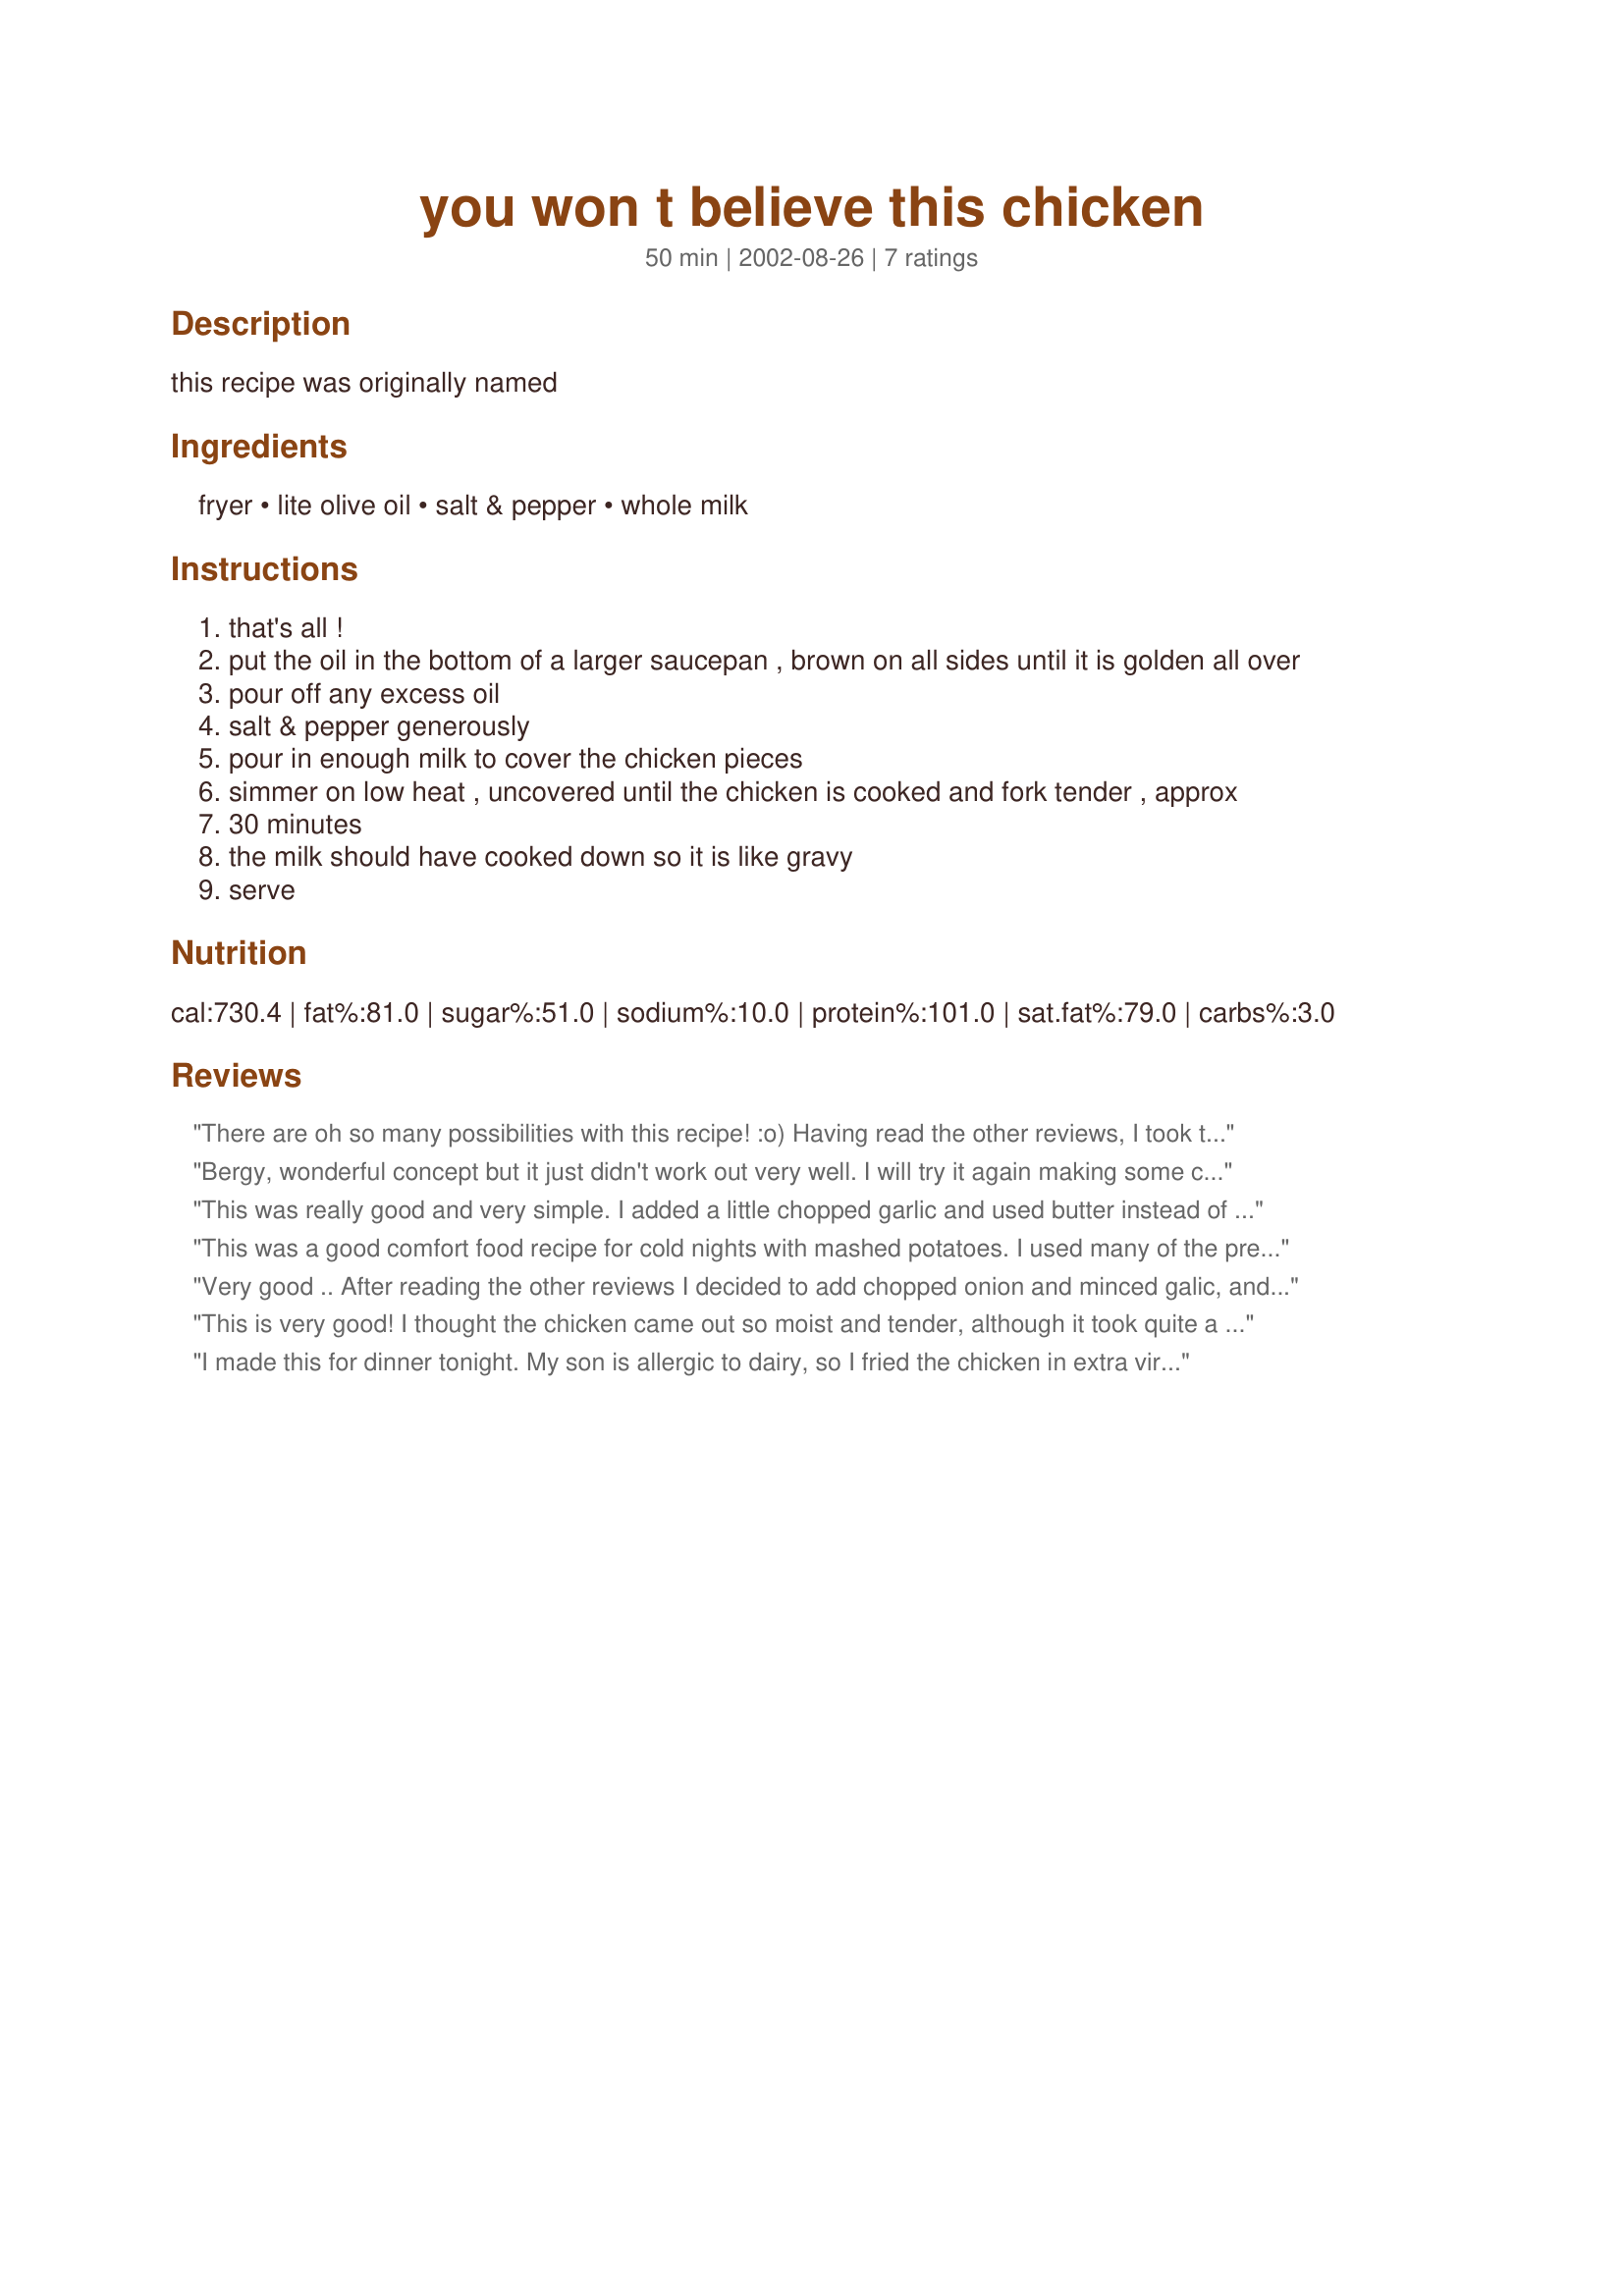
you won t believe this chicken
Preparation time: 50 minutes

this recipe was originally named

Ingredients:
fryer, lite olive oil, salt & pepper, whole milk

Steps:
that's all !
put the oil in the bottom of a larger saucepan , brown on all sides until it is golden all over
pour off any excess oil
salt & pepper generously
pour in enough milk to cover the chicken pieces
simmer on low heat , uncovered until the chicken is cooked and fork tender , approx
30 minutes
the milk should have cooked down so it is like gravy
serve

Reviews:
There are oh so many possibilities with this recipe! :o) Having read the other reviews, I took the comment about seasoning well a bit too seriously & ended up with a very salty sauce. I think adding some tarragon helped, although I also ooverdid that a bit as well. Oops! Ahh well, it all turned out okay in the end. The one extra point I would like to add is that, if you cut the recipe down to one or two servings, you need to use either chicken breasts or to use the 2pts of milk as suggested in the recipe. The 1/2 pt of milk that I used didn't cover the chicken quarter quite enough & the very middle turned out to be a bit too pink. But that's my own fault for not checking properly!
Bergy, wonderful concept but it just didn't work out very well. I will try it again making some changes because it's has great potential. While the milk, amazingly cooked down to a cream gravy without curdling, I had to remove the chicken and simmer the milk an extra 15 minutes to reduce the sauce. The result was a bland chicken and bland gravy overpowered by a sweet flavor from the milk. If at first you don't succeed, try, try again! *^-^*
This was really good and very simple. I added a little chopped garlic and used butter instead of oil to brown the chicken. I also used season-all instead of salt and pepper. I only had two percent milk in the house so I had to add a little flour at the end to thicken the gravy. The chicken was very moist and tender - will definately make this again!
This was a good comfort food recipe for cold nights with mashed potatoes. I used many of the previous suggestions. I deskinned half of my chicken pieces, added onion and minced garlic while browning them, and 2 chicken bouillon cubes to the milk. The chicken took about an hour to cook, and I had to take it out and cook the gravy about 20 minutes longer to thicken it, even with flour added. I should've used cornstarch instead. I also seasoned with a 1t. of ground red pepper along with the regular salt and pepper. I do think tarragon would have added a wonderful flavor, but I didnt have any. The result was a lightly seasoned gravy. While the gravy cooked, I pulled the chicken off the bone. My DH added a ton more salt because he is a salt fanatic, but I dont think that it needed more. Overall, it wasnt too bad, it turned out the way it was supposed to, with subtle flavoring. I wont make it again until I have tarragon on hand, though.
Very good .. After reading the other reviews I decided to add chopped onion and minced galic, and 2 chicken bouillon cubes .. my husband loved it .. I did however use dried whole milk powder and the sauce curdled, I will use fresh milk next time .. thanks!
This is very good! I thought the chicken came out so moist and tender, although it took quite a bit longer than 30 minutes for me. After 30 minutes, I turned the heat up a bit more to help it along and it still took 15-20 minutes more. I took the recipe poster's suggestion to season heavily and chose to use seasoned salt and freshly cracked pepper. I thought the flavor was very good and I would make this again. My only problem, besides the timing, was getting the "gravy" to thicken up enough, despite using the whole milk as called for in the recipe. Next time, I will mix a little cornstarch or flour with some cold milk, then stir that in towards the end of the cooking time to help thicken the sauce. Note:I skinned half of the chicken pieces before browning and felt there was no sacrifice to taste.
I made this for dinner tonight. My son is allergic to dairy, so I fried the chicken in extra virgin coconut oil and used coconut milk instead of cow's milk. I also used crazy salt in place of regular salt. It was so tasty and delicious! This is a keeper!!
